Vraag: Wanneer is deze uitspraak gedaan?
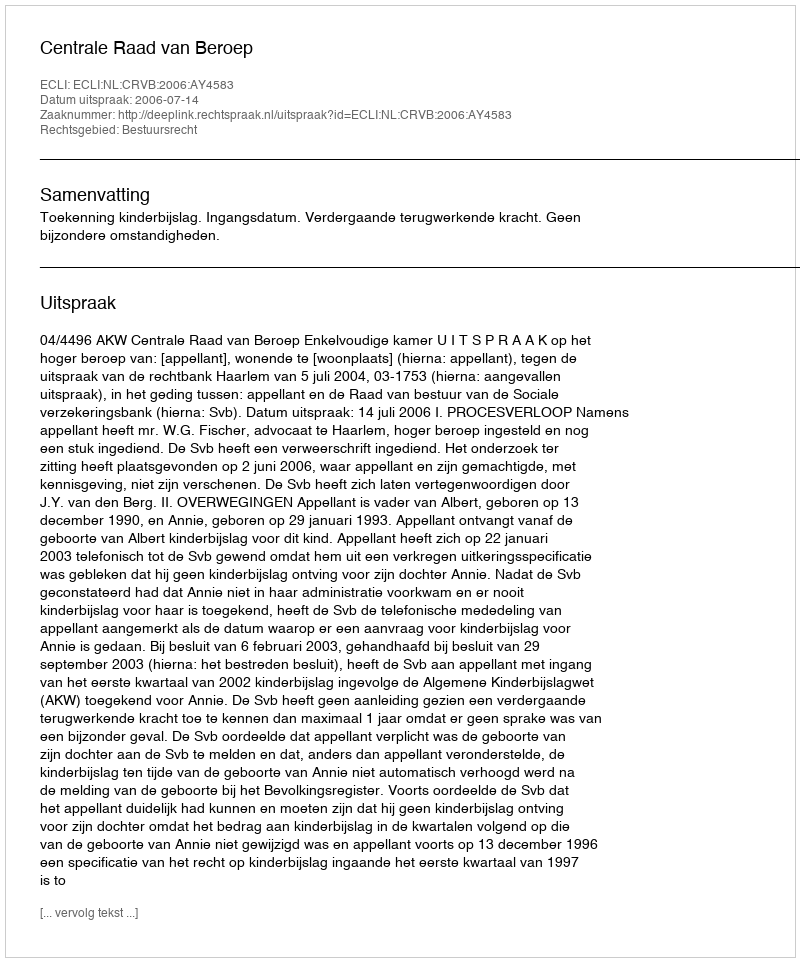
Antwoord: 2006-07-14